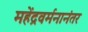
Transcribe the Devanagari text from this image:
महेंद्रवर्मनानंतर